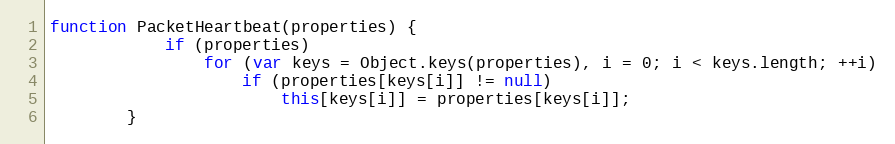
Language: JavaScript
function PacketHeartbeat(properties) {
			if (properties)
				for (var keys = Object.keys(properties), i = 0; i < keys.length; ++i)
					if (properties[keys[i]] != null)
						this[keys[i]] = properties[keys[i]];
		}